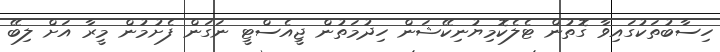
ހިސާބުތަކުގައިވާ ގޮތުން ޓެލެކޮމިޔުނިކޭޝަން ހިދުމަތުން ޖީއެސްޓީ ނަގަން ފެށުމުން މީރާ އަށް ލިބޭ